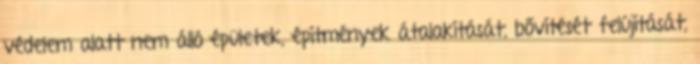
védelem alatt nem álló épületek, építmények átalakítását, bővítését felújítását,